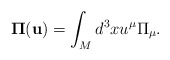
\begin{align*}{}{\bf \Pi} ({\bf u}) = \int_M d^3x u^\mu {\Pi}_\mu.\end{align*}